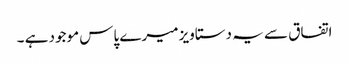
اتفاق سے یہ دستاویز میرے پاس موجود ہے ۔